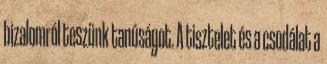
bizalomról teszünk tanúságot. A tisztelet és a csodálat a